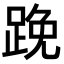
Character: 𨁙